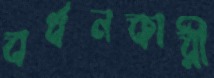
বর্ধনকারী